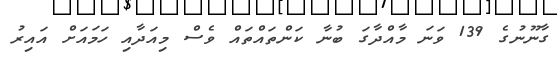
ގާނޫނުގެ 139 ވަނަ މާއްދާގަ ބުނާ ކަންތައްތައް ވެސް މިއަދާއި ހަމައަށް އައިރު